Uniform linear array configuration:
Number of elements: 24
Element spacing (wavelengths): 0.25
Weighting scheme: hamming
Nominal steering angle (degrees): -30
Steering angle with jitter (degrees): -29.787
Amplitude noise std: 0.05
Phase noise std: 0.05

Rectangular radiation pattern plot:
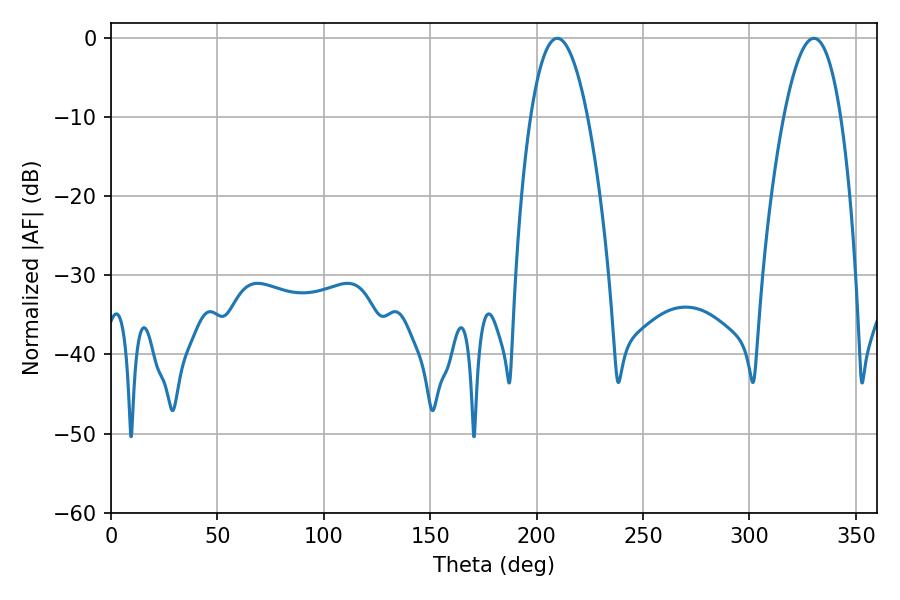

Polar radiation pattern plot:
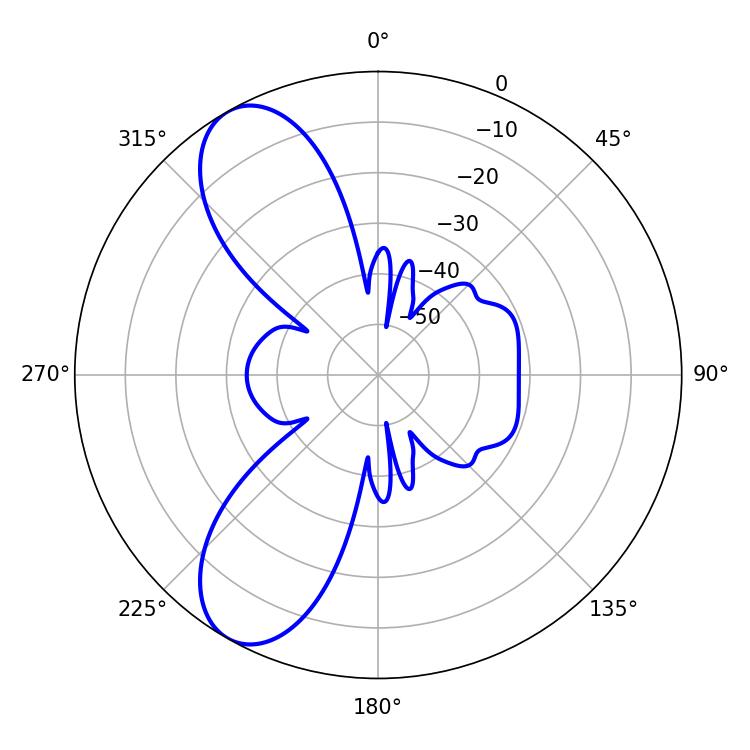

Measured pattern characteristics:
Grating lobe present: FALSE
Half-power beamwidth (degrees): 14.94
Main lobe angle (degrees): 209.7